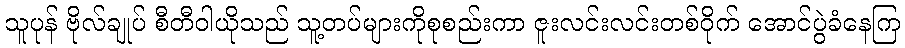
သူပုန် ဗိုလ်ချုပ် စီတီဝါယိုသည် သူ့တပ်များကိုစုစည်းကာ ဇူးလင်းလင်းတစ်ဝိုက် အောင်ပွဲခံနေကြ